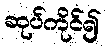
ဆုပ်ကိုင်၍